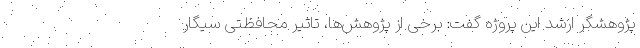
پژوهشگر ارشد این پروژه گفت: برخی از پژوهش‌ها، تاثیر محافظتی سیگار